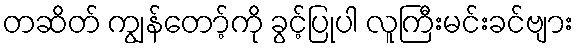
တဆိတ် ကျွန်တော့်ကို ခွင့်ပြုပါ လူကြီးမင်းခင်ဗျား